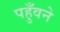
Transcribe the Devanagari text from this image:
पहुँवने